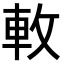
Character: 𨊴